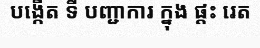
បង្កើត ទី បញ្ជាការ ក្នុង ផ្តះ រេត